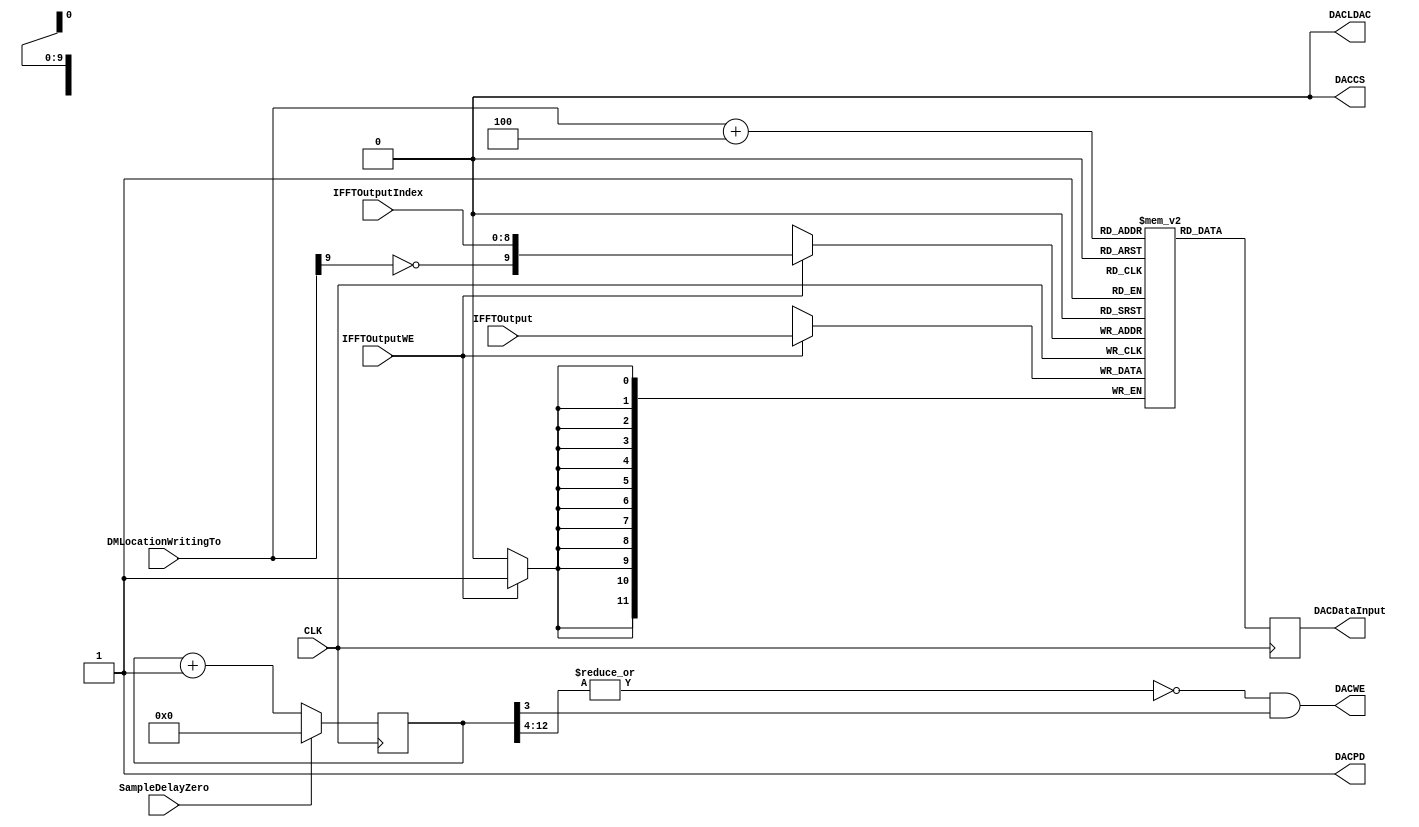
module DM_TLV5619_DAC_Interface_Module(
DACDataInput,
DACCS,
CLK,
SampleDelayZero,
DACLDAC,
DACPD,
DACWE,
IFFTOutput,
DMLocationWritingTo,
IFFTOutputWE,
IFFTOutputIndex
);
	 
	 
input          CLK, SampleDelayZero, IFFTOutputWE;
input [9:0]    DMLocationWritingTo;
input [11:0]   IFFTOutput;
input [8:0]    IFFTOutputIndex;

output         DACCS, DACLDAC, DACPD, DACWE;
output [11:0]  DACDataInput;

reg [11:0]     DACDataInput;   
reg [14:0]     DACDelayCount;    //Could be 12:0, but 2 bits added to avoid off-by one errors

wire           SampleDelayZero, DACCS, IFFTOutputWE;
wire [11:0]    IFFTOutput;
wire [8:0]     IFFTOutputIndex;


   (* RAM_STYLE="{auto | block |  block_power1 | block_power2}" *)
reg [11:0]      StoredDACValues [0:1023];


assign DACCS     = 0;

assign DACLDAC   = 0;

assign DACPD     = 1;

assign DACWE     = (~| DACDelayCount[12:4]) && ( DACDelayCount[3]);



assign DACMemWE = IFFTOutputWE;   //###############################      IFFT based     ##############################//



always @(posedge CLK)
begin
  if (DACMemWE)
  begin
    StoredDACValues [ {!DMLocationWritingTo[9], IFFTOutputIndex} ] <= IFFTOutput[11:0];   //IFFT Index, really     
  end
  
  DACDataInput[11:0] <= StoredDACValues[DMLocationWritingTo + 4];
end


always @(posedge CLK)
begin
  if ( SampleDelayZero ) // Counts from 0 to 8191 (1111111111111)
  begin
    DACDelayCount <= 0;
  end
  
  else
  begin
    DACDelayCount <= DACDelayCount + 1; 
  end
  
end  



endmodule